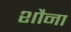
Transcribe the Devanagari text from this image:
शौना